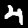
Label: 4